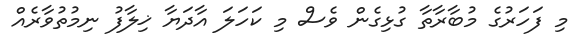
މި ފަހަރުގެ މުބާރާތާ ގުޅިގެން ވެސް މި ކަހަލަ އާދަޔާ ޚިލާފު ނިމުތުވާރެއް